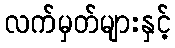
လက်မှတ်များနှင့်